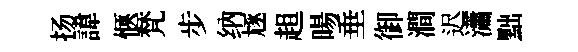
扬諱愜梵步纳豗趄暘垂御澗迟瀟黜